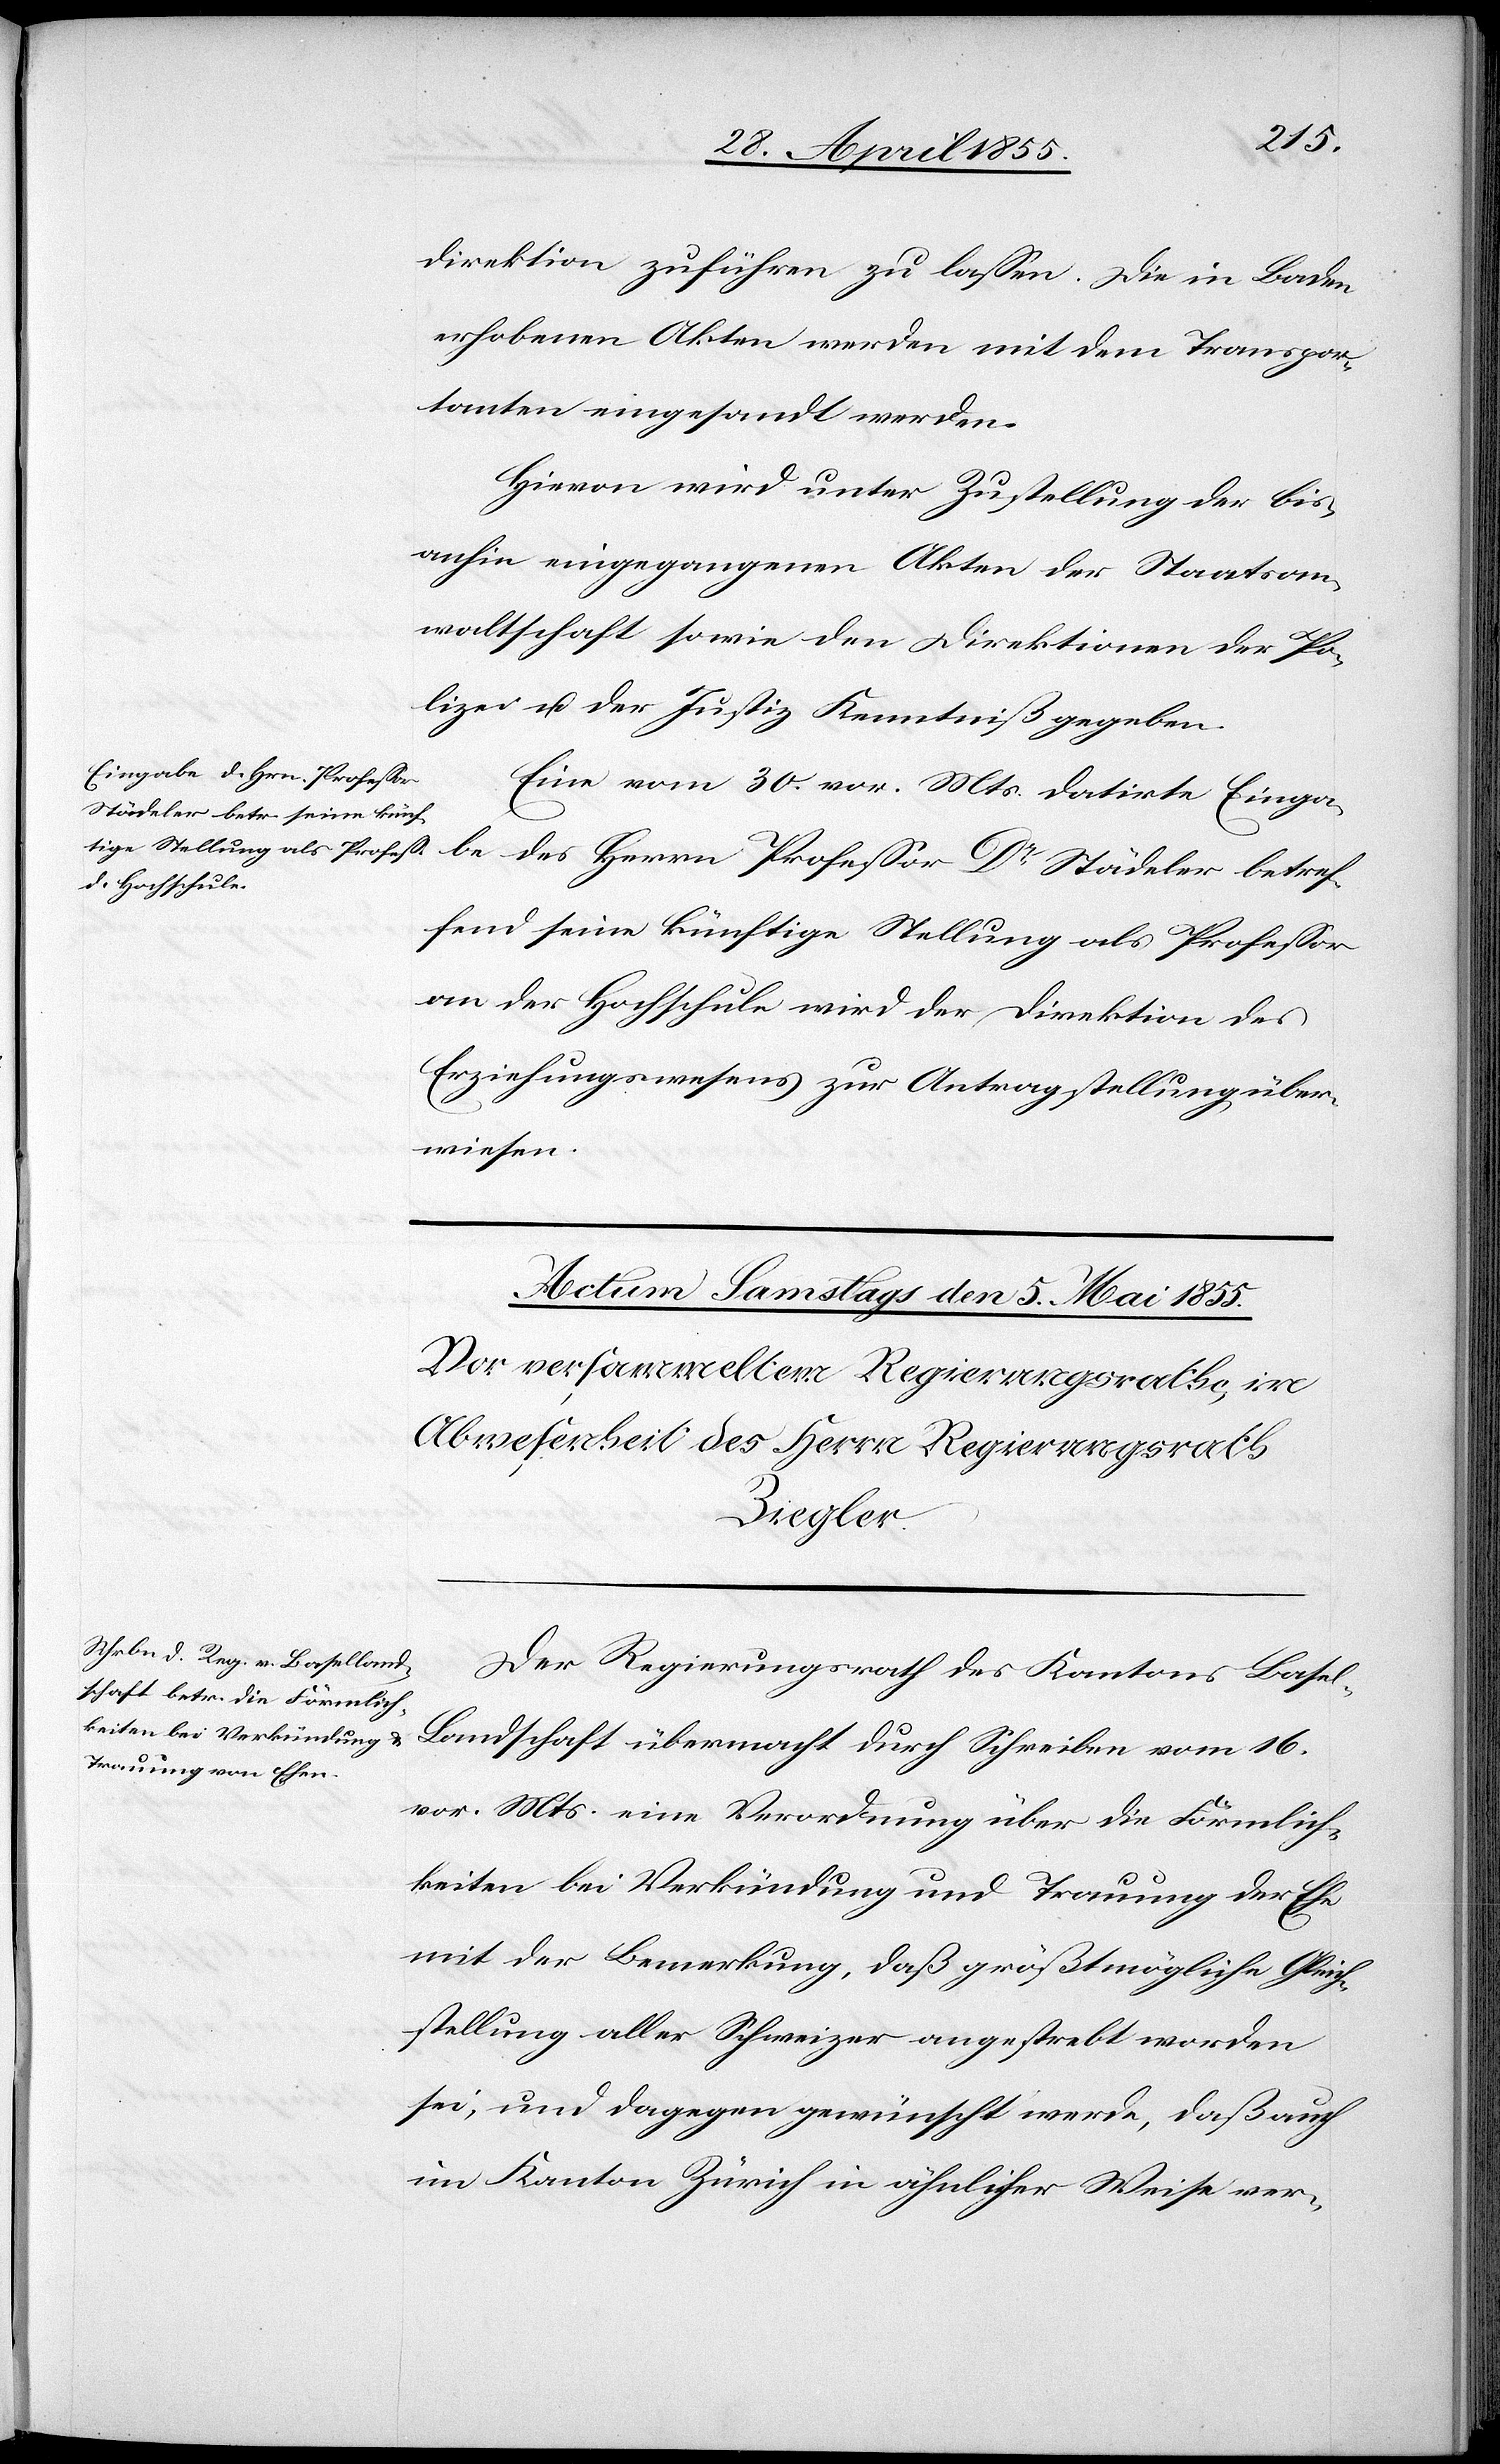
1855.]
direktion zuführen zu lassen. Die in Baden
erhobenen Akten werden mit dem Transpor¬
tanten eingesandt werden.
Hievon wird unter Zustellung der bis¬
anhin eingegangenen Akten der Staatsan¬
waltschaft sowie den Direktionen der Po¬
lizei u. der Justiz Kenntniß gegeben.
Eine vom 30. vor. Mts. datirte Einga¬
ler betref¬
fend seine künftige Stellung als Professor
an der Hochschule wird der Direktion des
Erziehungswesens zur Antragstellung über¬
wiesen.
Der Regierungsrath des Kantons Basel-L¬
andschaft übermacht durch Schreiben vom 16.
vor. Mts. eine Verordnung über die Förmlich¬
keiten bei Verkündung und Trauung der Ehe
mit der Bemerkung, daß größtmögliche Gleich¬
stellung aller Schweizer angestrebt worden
sei, und dagegen gewünscht werde, daß auch
im Kanton Zürich in ähnlicher Weise ver-